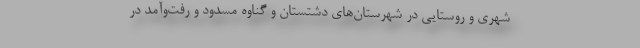
شهری و روستایی در شهرستان‌های دشتستان و گناوه مسدود و رفت‌وآمد در